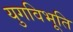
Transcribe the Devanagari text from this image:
युगविभूति